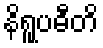
နိရူပဓီတိ